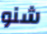
شنو